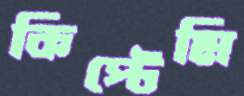
কিপ্টেমি